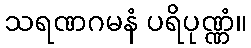
သရဏဂမနံ ပရိပုဏ္ဏံ။